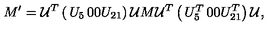
M ^ { \prime } = { \cal U } ^ { T } \left( \begin{matrix} { U _ { 5 } } & { 0 } \\ { 0 } & { U _ { 2 1 } } \\ \end{matrix} \right) { \cal U } M { \cal U } ^ { T } \left( \begin{matrix} { U _ { 5 } ^ { T } } & { 0 } \\ { 0 } & { U _ { 2 1 } ^ { T } } \\ \end{matrix} \right) { \cal U } ,